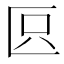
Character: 𠤴